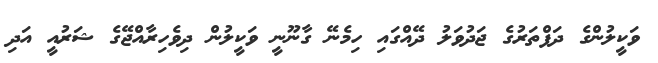
ވަކީލުންގެ ދަފްތަރުގެ ޖަދުވަލު ދޭއްގައި ހިމެނޭ ގާނޫނީ ވަކީލުން ދިވެހިރާއްޖޭގެ ޝަރުއީ އަދި